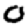
Digit: 0